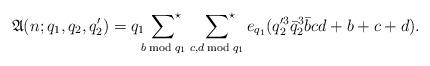
LaTeX: \begin{align*}\mathfrak{A}(n;q_1,q_2,q_2')=q_1\sideset{}{^\star}\sum_{b\bmod{q_1}}\;\sideset{}{^\star}\sum_{c,d\bmod{q_1}}e_{q_1}(q_2'^3\bar{q}_2^3\bar{b}cd+b+c+d).\end{align*}